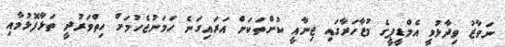
ނަވާޒު ވިދާޅުވީ އެމްޑީޕީގެ މުޒާހަރާގައި ޖިނާއީ ކުށްތަކަށް އަރައިގަނެ ހަމަނުޖެހުމަށް ހިތްވަރުދީ ތަޅާފޮޅުމާއި